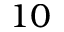
1 0